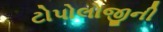
ટોપોલોજીની